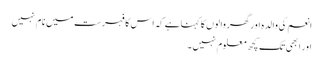
انعم کی والدہ اور گھر والوں کا کہناہے کہ اس کا فہرست میں نام نہیں
اور ابھی تک کچھ معلوم نہیں ۔